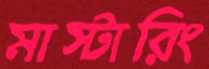
মাস্টারিং